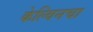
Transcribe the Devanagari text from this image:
केल्विनचा